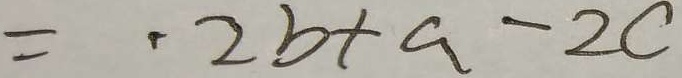
= \cdot 2 b + a - 2 c